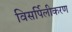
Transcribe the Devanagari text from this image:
विसर्पिलीकरण